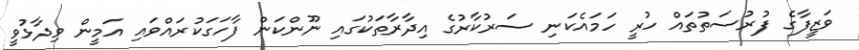
ވަޒީފާގެ ފުރުސަތުތައް ހުރީ ހަަމައެކަނި ސަރުކާރުގެ އިދާރާތަކުގައި ނޫންކަން ފާހަގަކުރައްވައި އަމީން ވިދާޅުވީ